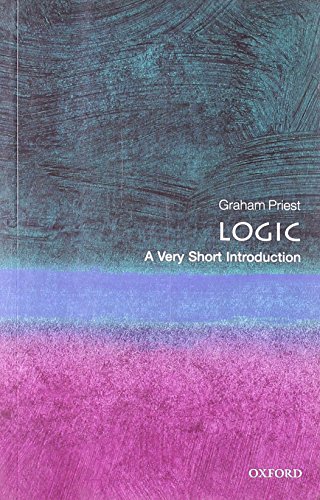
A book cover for Logic: A Very Short Introduction; Graham Priest; Politics & Social Sciences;